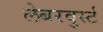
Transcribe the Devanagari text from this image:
लेबरवुर्स्ट